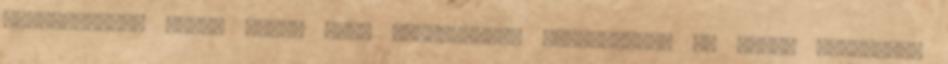
életmódjától függ. Minél több kedvezőtlen élelmiszert és italt fogyaszt,